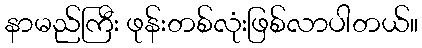
နာမည်ကြီး ဖုန်းတစ်လုံးဖြစ်လာပါတယ်။